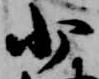
少